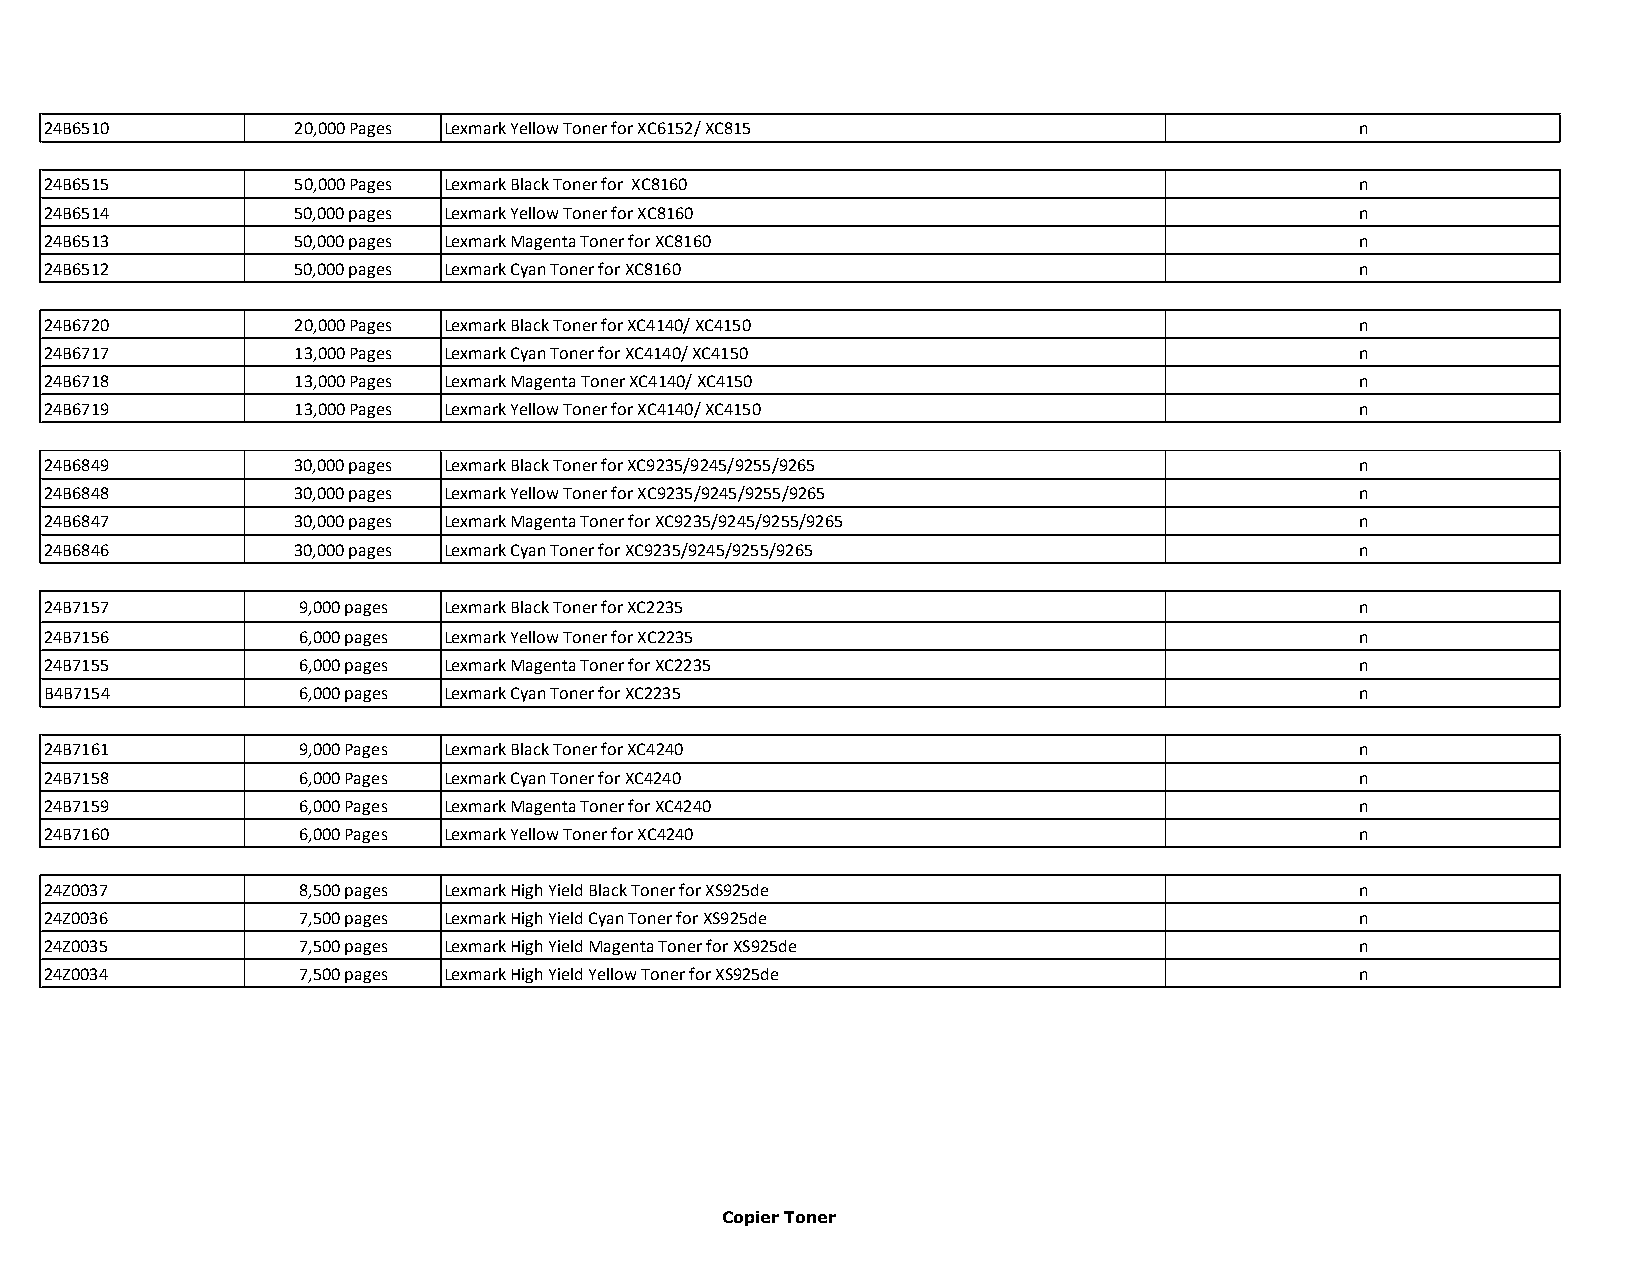
24B6510         20,000 Pages Lexmark Yellow Toner for XC6152/ XC815                    n
 24B6515         50,000 Pages Lexmark Black Toner for XC8160                            n
 24B6514         50,000 pages Lexmark Yellow Toner for XC8160                           n
 24B6513         50,000 pages Lexmark Magenta Toner for XC8160                          n
 24B6512         50,000 pages Lexmark Cyan Toner for XC8160                             n
 24B6720         20,000 Pages Lexmark Black Toner for XC4140/ XC4150                    n
 24B6717         13,000 Pages Lexmark Cyan Toner for XC4140/ XC4150                     n
 24B6718         13,000 Pages Lexmark Magenta Toner XC4140/ XC4150                      n
 24B6719         13,000 Pages Lexmark Yellow Toner for XC4140/ XC4150                   n
 24B6849         30,000 pages Lexmark Black Toner for XC9235/9245/9255/9265             n
 24B6848         30,000 pages Lexmark Yellow Toner for XC9235/9245/9255/9265            n
 24B6847         30,000 pages Lexmark Magenta Toner for XC9235/9245/9255/9265           n
 24B6846         30,000 pages Lexmark Cyan Toner for XC9235/9245/9255/9265              n
 24B7157          9,000 pages Lexmark Black Toner for XC2235                            n
 24B7156          6,000 pages Lexmark Yellow Toner for XC2235                           n
 24B7155          6,000 pages Lexmark Magenta Toner for XC2235                          n
 B4B7154          6,000 pages Lexmark Cyan Toner for XC2235                             n
 24B7161          9,000 Pages Lexmark Black Toner for XC4240                            n
 24B7158          6,000 Pages Lexmark Cyan Toner for XC4240                             n
 24B7159          6,000 Pages Lexmark Magenta Toner for XC4240                          n
 24B7160          6,000 Pages Lexmark Yellow Toner for XC4240                           n
 24Z0037          8,500 pages Lexmark High Yield Black Toner for XS925de                n
 24Z0036          7,500 pages Lexmark High Yield Cyan Toner for XS925de                 n
 24Z0035          7,500 pages Lexmark High Yield Magenta Toner for XS925de              n
 24Z0034          7,500 pages Lexmark High Yield Yellow Toner for XS925de               n
 Copier Toner